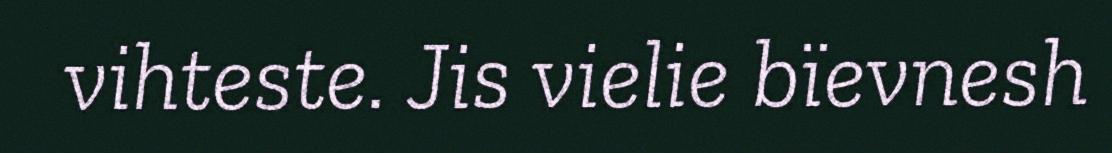
vihteste. Jis vielie bïevnesh